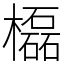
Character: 㰁